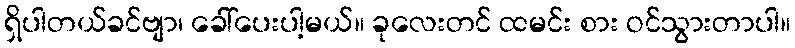
ရှိပါတယ်ခင်ဗျာ၊ ခေါ်ပေးပါ့မယ်။ ခုလေးတင် ထမင်း စား ဝင်သွားတာပါ။